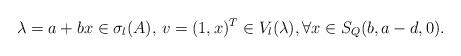
LaTeX: \begin{align*}\lambda=a+bx\in \sigma_l(A),\, v=(1,x)^T\in V_l(\lambda),\forall x\in S_Q(b,a-d,0).\end{align*}